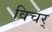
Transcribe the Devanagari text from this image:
विचर्